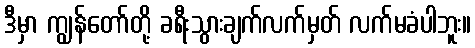
ဒီမှာ ကျွန်တော်တို့ ခရီးသွားချက်လက်မှတ် လက်မခံပါဘူး။